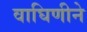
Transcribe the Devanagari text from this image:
वाघिणीने